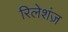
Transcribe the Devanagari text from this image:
रिलेशंज़